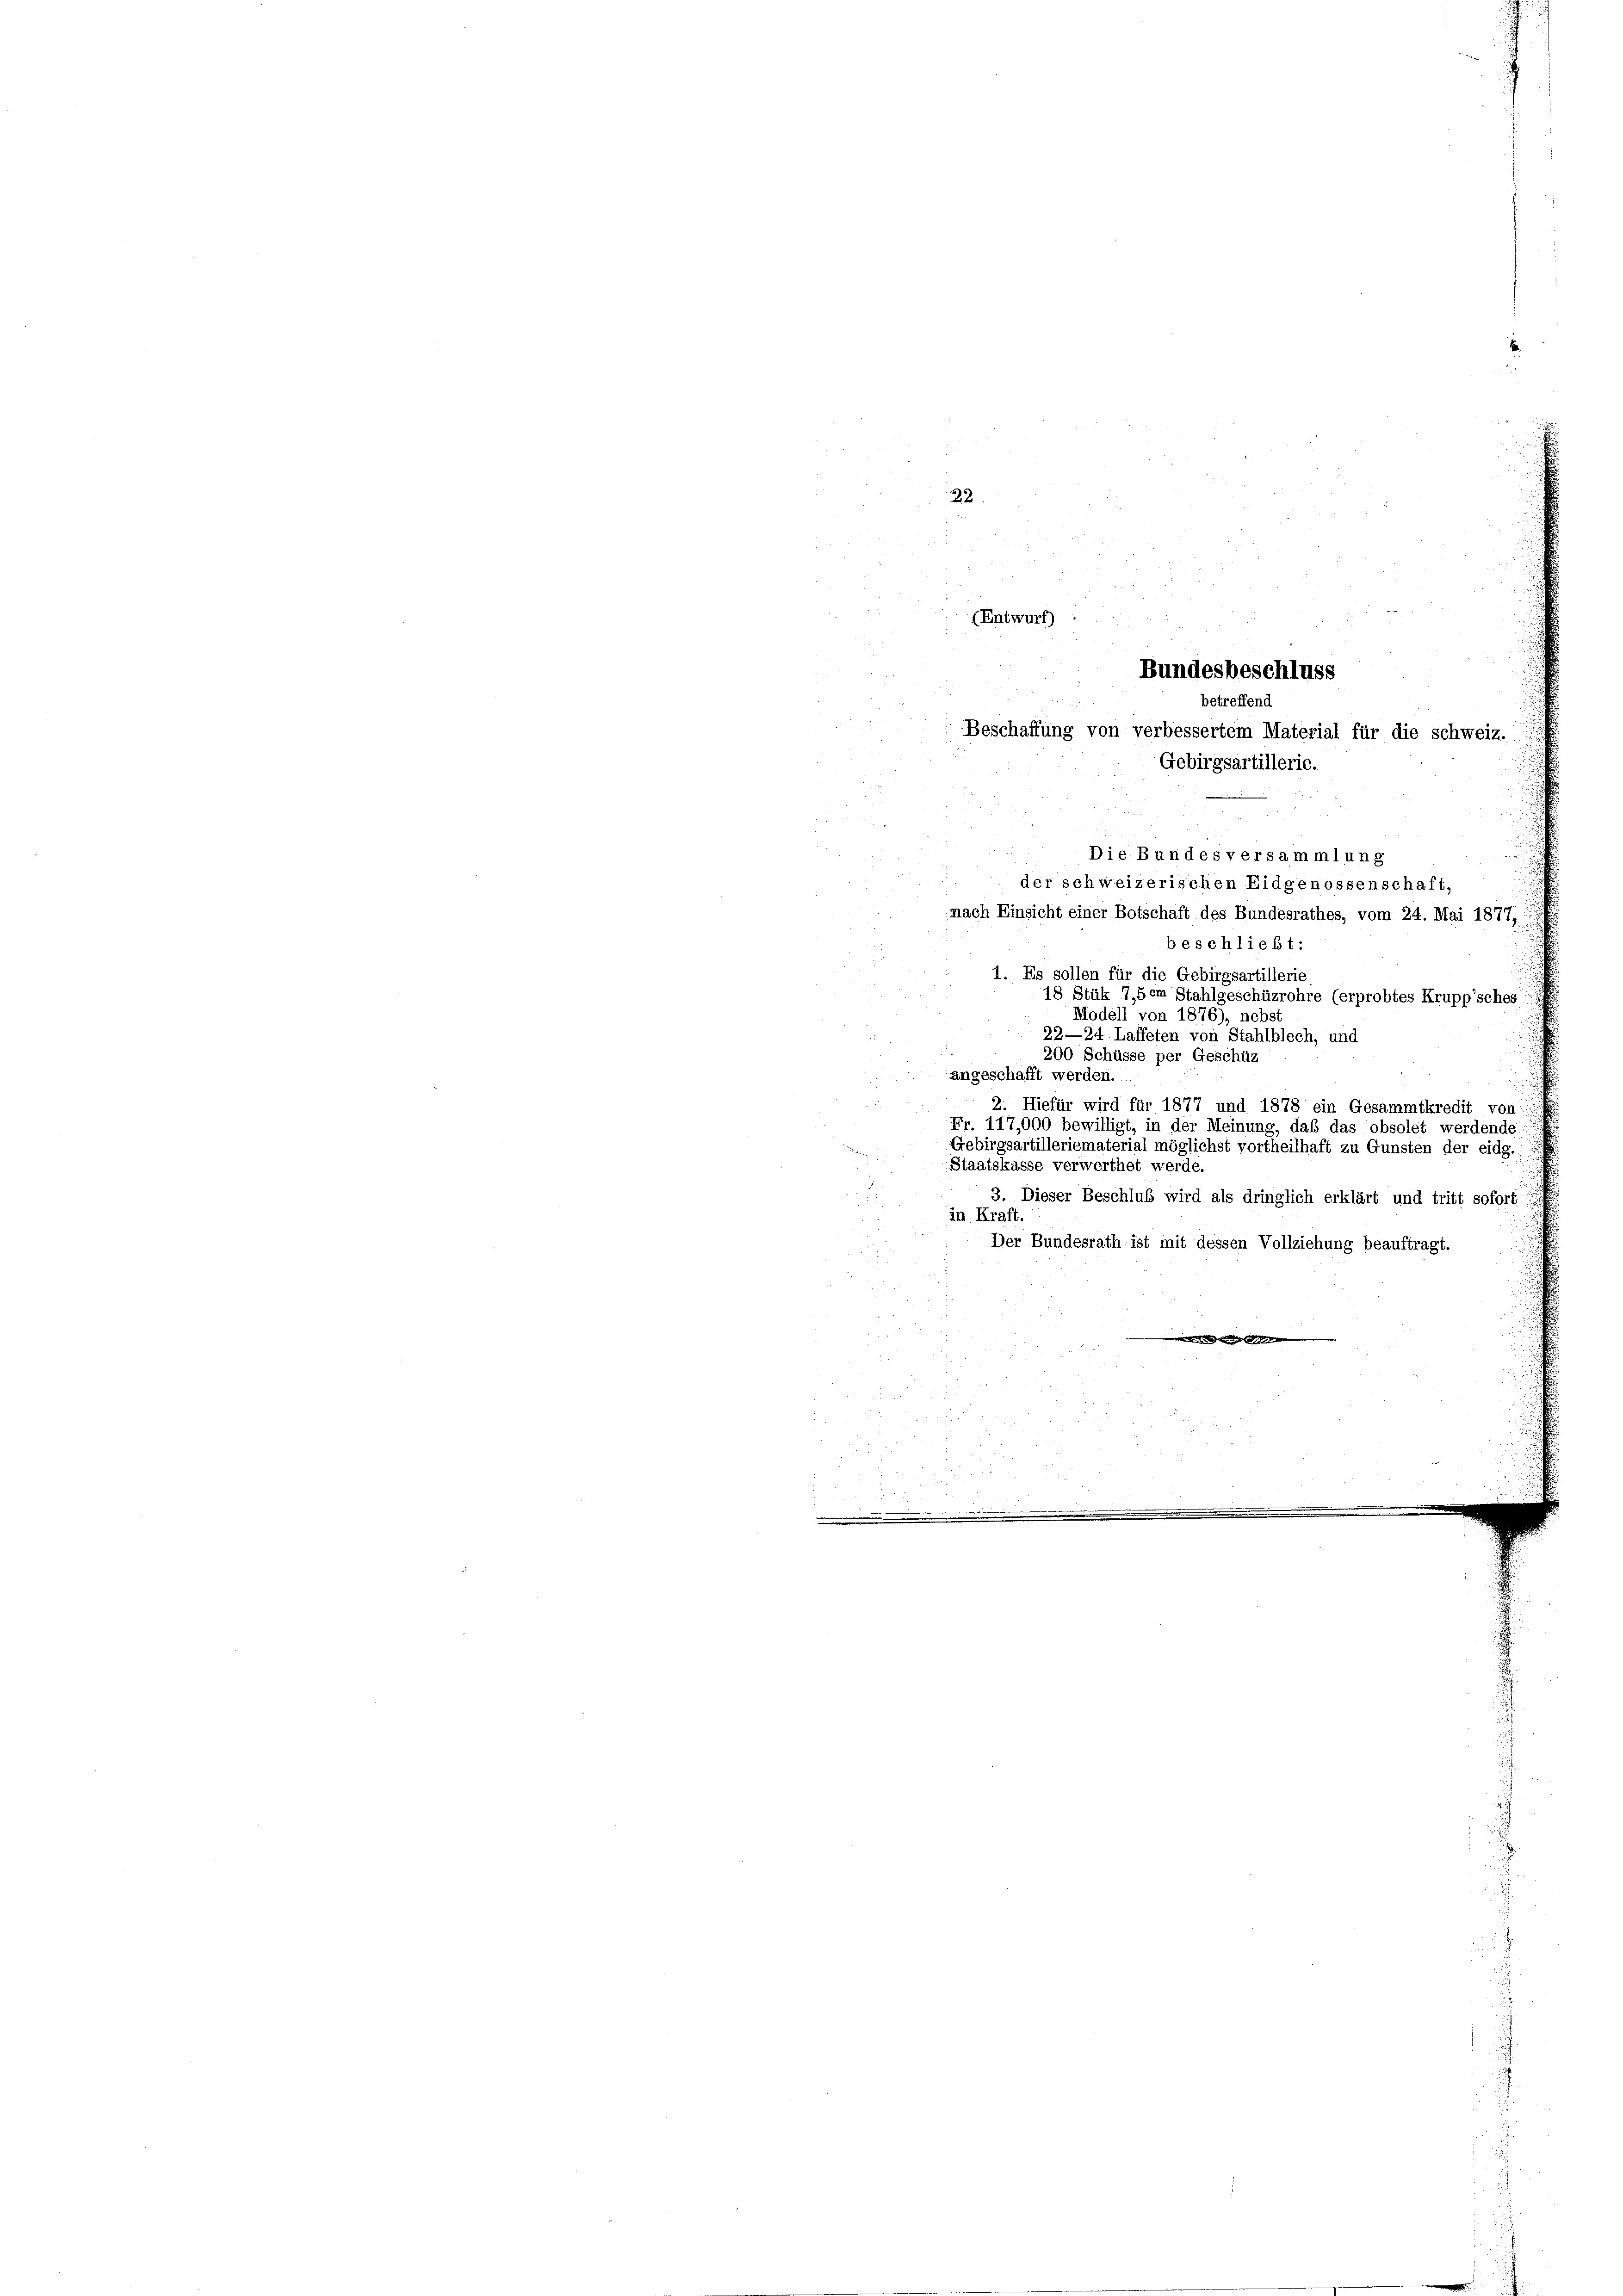
s
22

beschließt:
1. Es sollen für die Gebirgsartillerie
18 Stük 7,5om Stahlgeschüzrohre (erprobtes Krupp’sches:
Modell von 1876), nebst
22—24 Laffeten von Stahlblech, und
200 Schüsse per Geschüz
angeschafft werden.
2. Hiefür wird für 1877 und 1878 ein Gesammtkredit von
Fr. 117,000 bewilligt, in der Meinung, daß das obsolet werdende:
Gebirgsartilleriematerial möglichst vortheilhaft zu Gunsten der eidg.
Staatskasse verwerthet werde.
3. Dieser Beschluß wird als dringlich erklärt und tritt sofort
in Kraft
Der Bundesrath ist mit dessen Vollziehung beauftragt.
n

(Entwurf)
Bundesbeschluss
betreffend
Beschaffung von verbessertem Material für die schweiz.
Gebirgsartillerie.
Die Bundes versammlung
der schweizerischen Eidgenossenschaft,
nach Einsicht einer Botschaft des Bundesrathes, vom 24. Mai 1877,